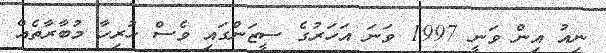
ނިއު އިން ވަނީ 1997 ވަނަ އަހަރުގެ ސީޒަންގައި ވެސް ހުރިހާ މުބާރާތެއް